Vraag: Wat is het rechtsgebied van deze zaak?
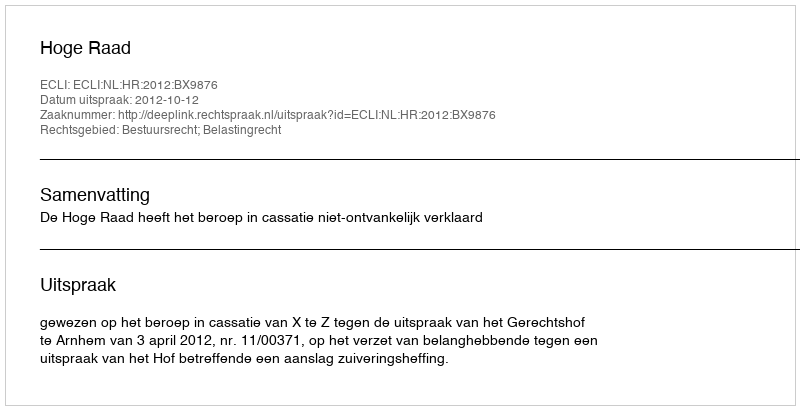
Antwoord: Bestuursrecht; Belastingrecht